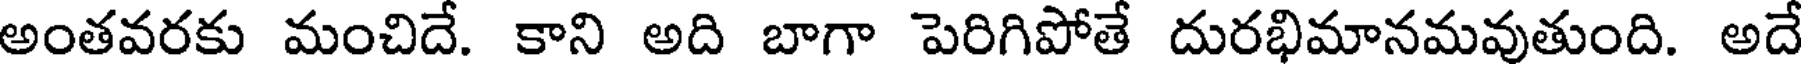
అంతవరకు మంచిదే. కాని అది బాగా పెరిగిపోతే దురభిమానమవుతుంది. అదే